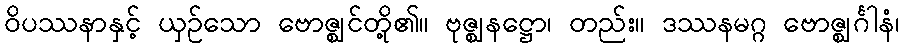
ဝိပဿနာနှင့် ယှဉ်သော ဗောဇ္ဈင်တို့၏။ ဗုဇ္ဈနဋ္ဌော၊ တည်း။ ဒဿနမဂ္ဂ ဗောဇ္ဈင်္ဂါနံ၊